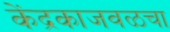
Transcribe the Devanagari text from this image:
केंद्रकाजवळचा